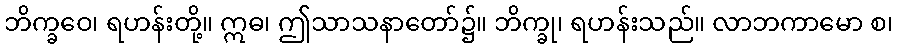
ဘိက္ခဝေ၊ ရဟန်းတို့။ ဣဓ၊ ဤသာသနာတော်၌။ ဘိက္ခု၊ ရဟန်းသည်။ လာဘကာမော စ၊